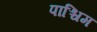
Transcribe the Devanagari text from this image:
पाश्चिम